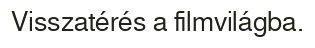
Visszatérés a filmvilágba.